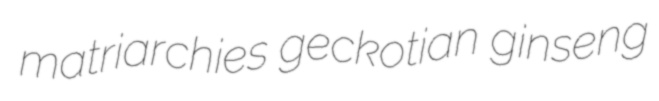
matriarchies geckotian ginseng